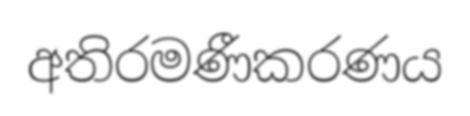
අතිරමණීකරණය